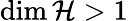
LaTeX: \dim\mathcal{H}>1